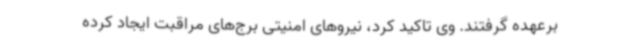
برعهده گرفتند. وی تاکید کرد، نیروهای امنیتی برج‌های مراقبت ایجاد کرده